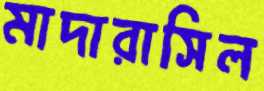
মাদারাসিল